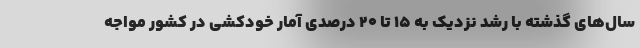
سال‌های گذشته با رشد نزدیک به 15 تا 20 درصدی آمار خودکشی در کشور مواجه